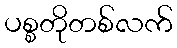
ပစ္စတိုတစ်လက်